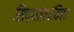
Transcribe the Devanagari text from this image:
सिद्धांतपंचिका